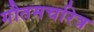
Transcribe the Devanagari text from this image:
गौतमचरित्र